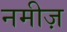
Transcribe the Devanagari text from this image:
नमीज़